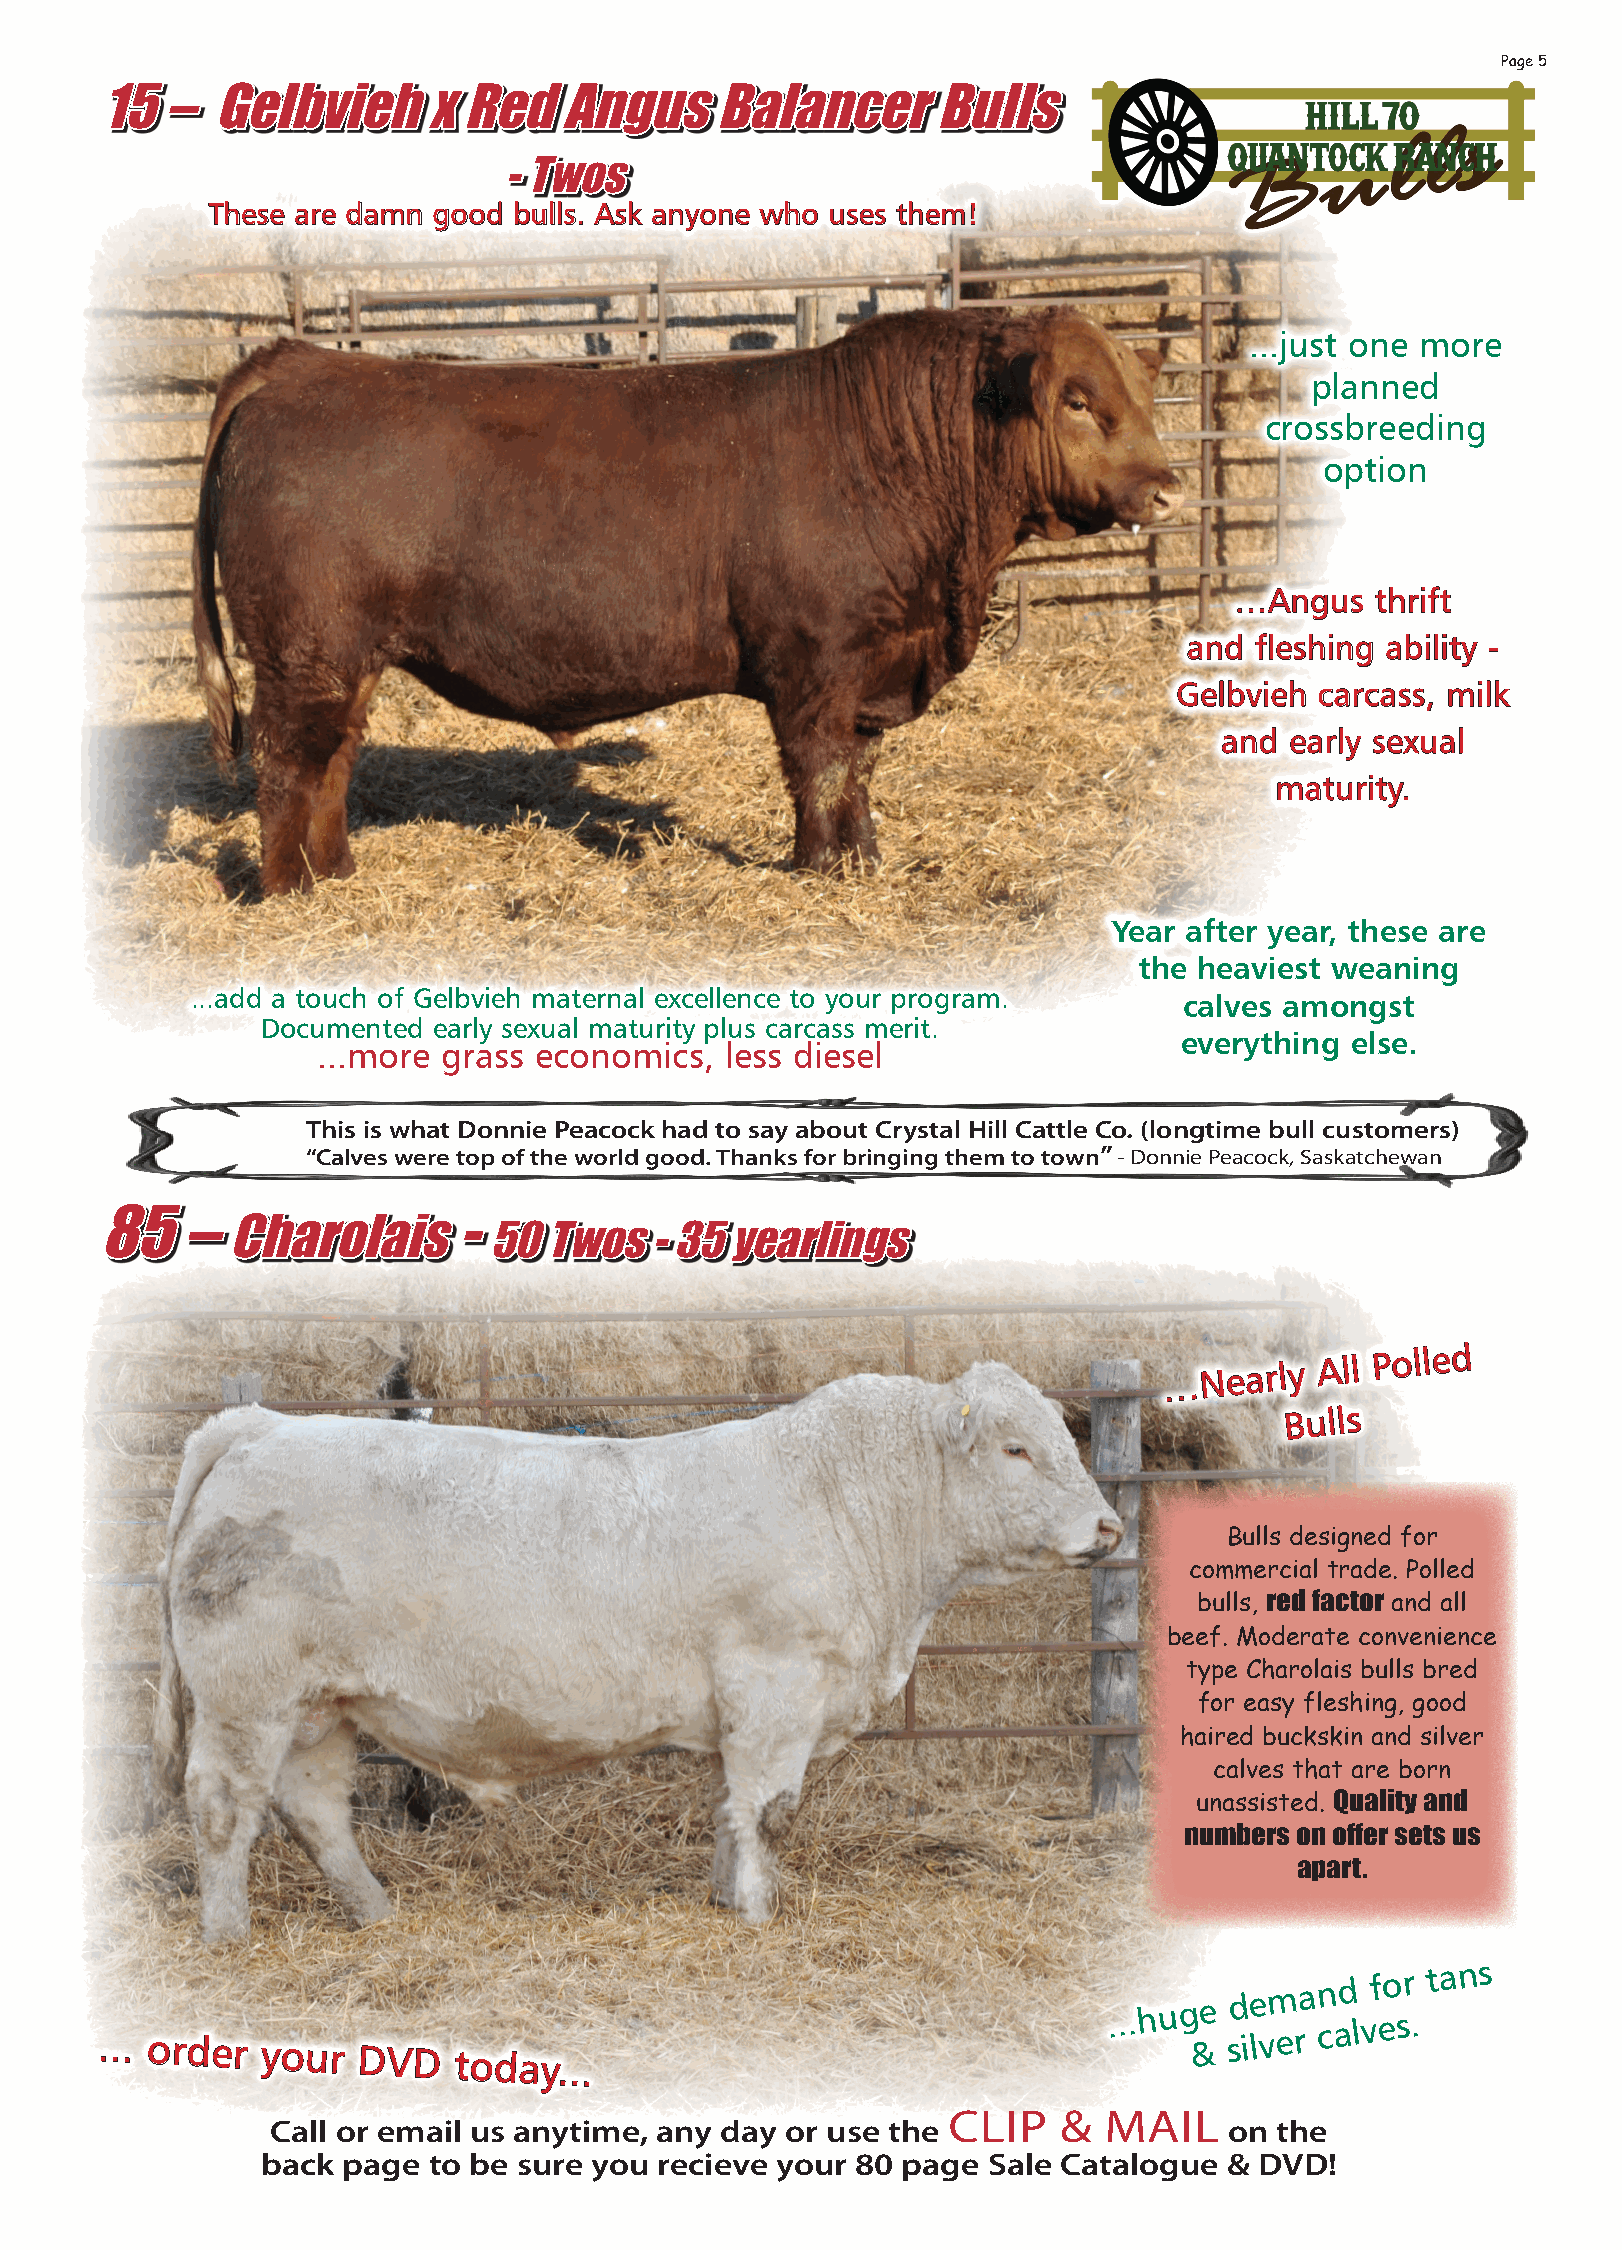
Page 5
 15   –  Gelbvieh      x Red    Angus     Balancer       Bulls
 - Twos
 These are damn good bulls. Ask anyone who uses them!
 ...just one more
 planned
 crossbreeding
 option
 …Angus   thrift
 and fleshing ability -
 Gelbvieh carcass, milk
 and early sexual
 maturity.
 Year after year, these are
 the heaviest weaning
 ...add a touch of Gelbvieh maternal excellence to your program.  calves amongst
 Documented  early sexual maturity plus carcass merit.
 everything else.
 ...more grass economics,   less diesel
 This is what Donnie Peacock had to say about Crystal Hill Cattle Co. (longtime bull customers)
 “Calves were top of the world good. Thanks for bringing them to town”- Donnie Peacock, Saskatchewan
 85    –                 -
 Charolais
 50  Twos   - 35 yearlings
 …Nearly   All
 Polled
 Bulls
 Bulls designed for
 commercial trade. Polled
 bulls, red factor and all
 beef. Moderate convenience
 type Charolais bulls bred
 for easy fleshing, good
 haired buckskin and silver
 calves that are born
 unassisted. Quality and
 numbers on offer sets us
 apart.
 ... order  your   DVD   today...
 ...hug &e sd ie lvm era n cad
 l
 vf eo sr
 .
 tans
 CLiP   &  MAiL
 Call or email us anytime, any day or use the                   on  the
 back  page to be sure you  recieve your 80 page Sale Catalogue  & DVD!